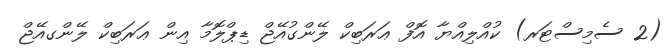
(2 ސެމިސްޓަރ) ކުއްލިއްޔާ އޮފް ޢަރަބިކް ލޭންގުއޭޖް ޑިޕްލޮމާ އިން ޢަރަބިކް ލޭންގއޭޖް